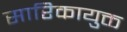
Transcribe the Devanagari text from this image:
सारिकायुक्त